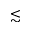
\lesssim